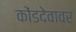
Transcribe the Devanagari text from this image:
कोंडदेवावर